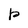
Character: p